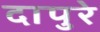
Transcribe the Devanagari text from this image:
दापुरे